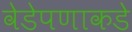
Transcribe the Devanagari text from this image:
वेडेपणाकडे